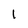
Character: 1